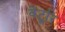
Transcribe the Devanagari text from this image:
वेटूरि